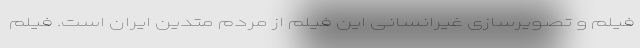
فیلم و تصویرسازی غیرانسانی این فیلم از مردم متدین ایران است. فیلم